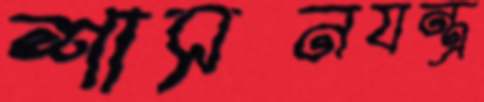
শাসনযন্ত্র